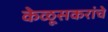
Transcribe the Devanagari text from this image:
केळूसकरांचे